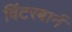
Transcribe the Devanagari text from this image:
विंटरबार्न